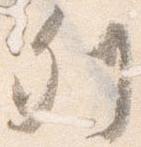
列